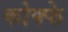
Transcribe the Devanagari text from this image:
कोफ्फे